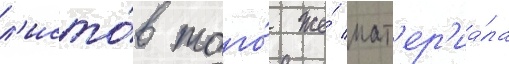
л'исто́в того́ же́ мат'ер'иа́ла